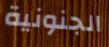
الجنونية